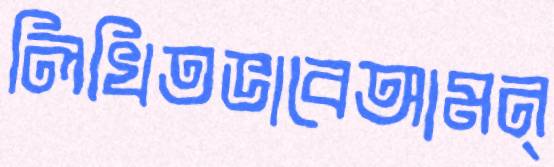
লিখিতভাবেআমন্